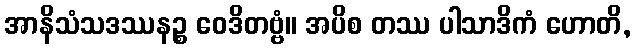
အာနိသံသဒဿနဉ္စ ဝေဒိတဗ္ဗံ။ အပိစ တဿ ပါသာဒိကံ ဟောတိ,